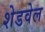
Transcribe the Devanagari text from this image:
शेडवेल